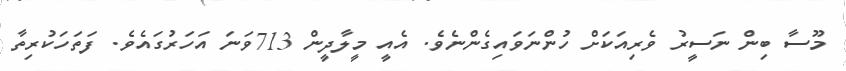
މޫސާ ބިން ނަސީރު ވެރިއަކަށް ހުންނަވައިގެންނެވެ. އެއީ މީލާދީން 713ވަނަ އަހަރުގައެވެ. ފަތަހަކުރިތާ